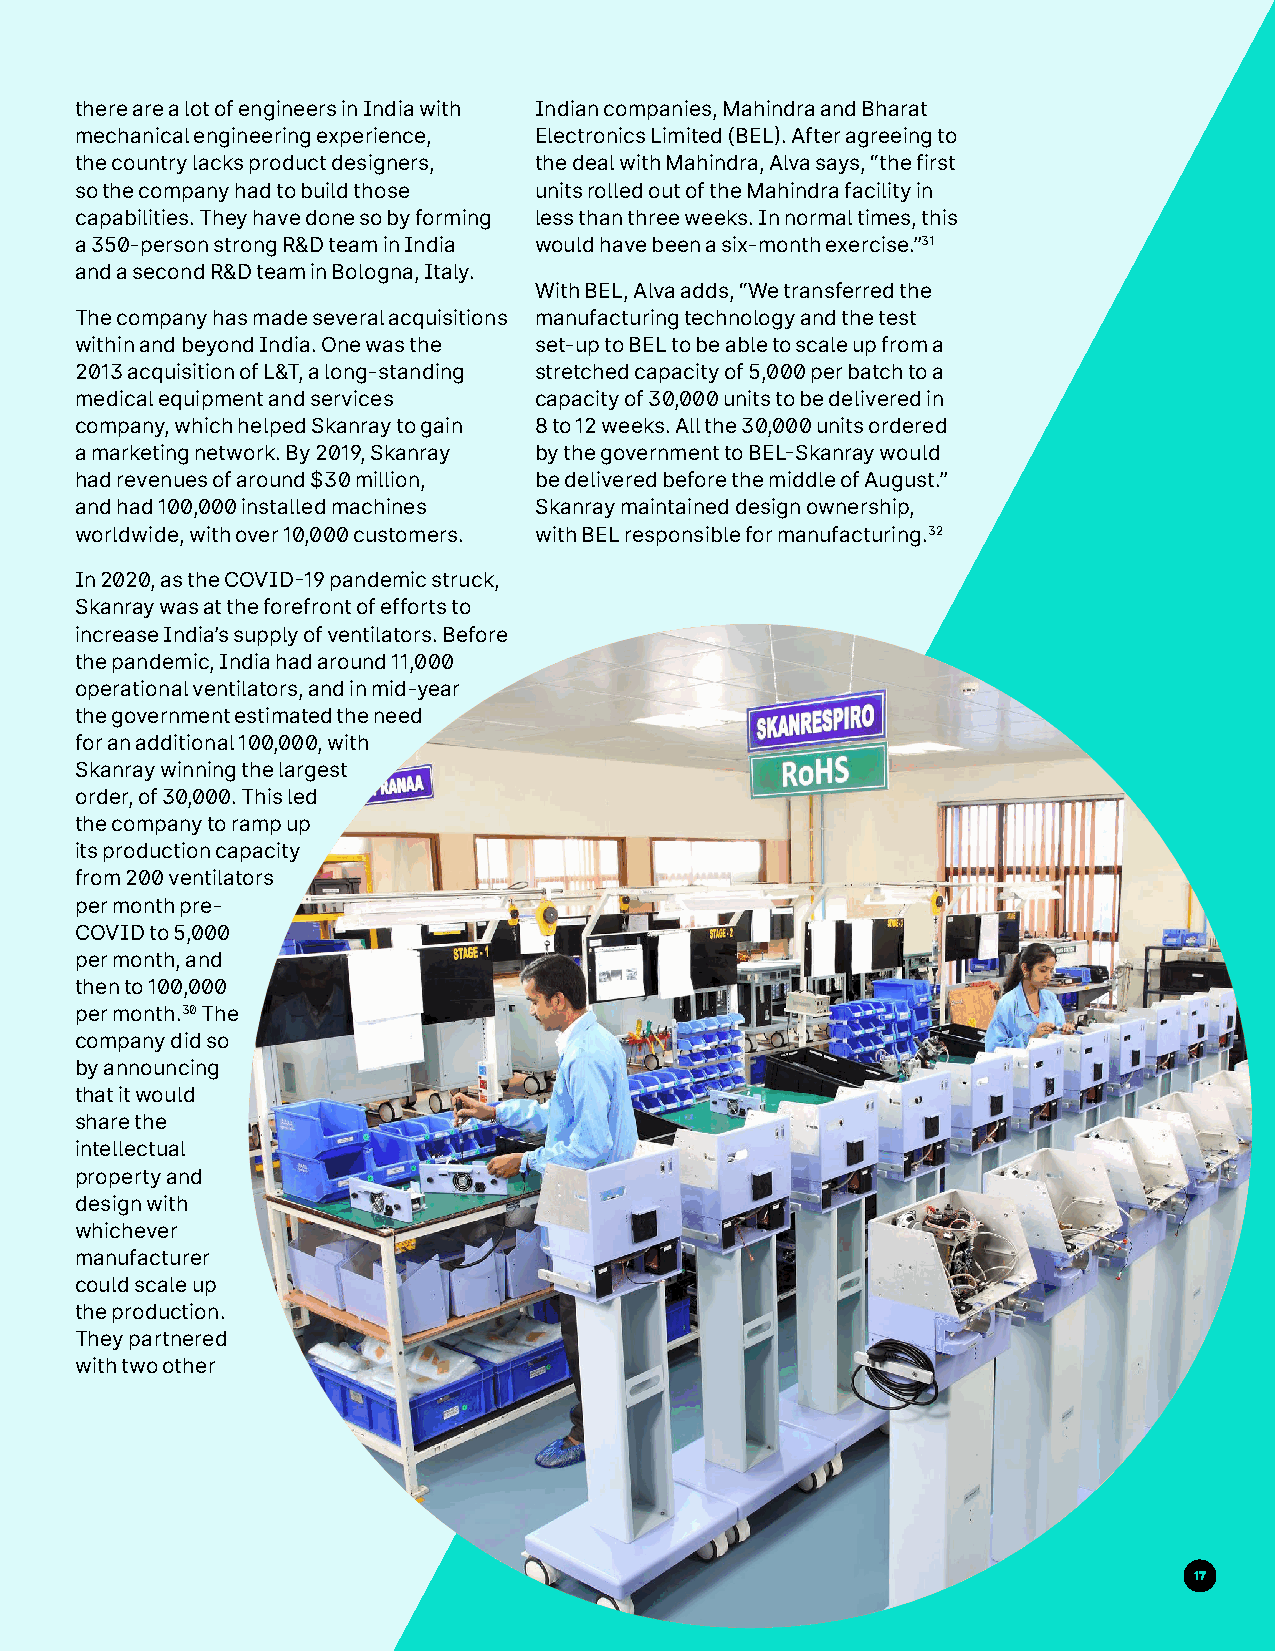
there are a lot of engineers in India with Indian companies, Mahindra and Bharat
 mechanical engineering experience, Electronics Limited (BEL). After agreeing to
 the country lacks product designers, the deal with Mahindra, Alva says, “the first
 so the company had to build those units rolled out of the Mahindra facility in
 capabilities. They have done so by forming less than three weeks. In normal times, this
 a 350-person strong R&D team in India would have been a six-month exercise.”31
 and a second R&D team in Bologna, Italy.
 With BEL, Alva adds, “We transferred the
 The company has made several acquisitions manufacturing technology and the test
 within and beyond India. One was the set-up to BEL to be able to scale up from a
 2013 acquisition of L&T, a long-standing stretched capacity of 5,000 per batch to a
 medical equipment and services capacity of 30,000 units to be delivered in
 company, which helped Skanray to gain 8 to 12 weeks. All the 30,000 units ordered
 a marketing network. By 2019, Skanray by the government to BEL-Skanray would
 had revenues of around $30 million, be delivered before the middle of August.”
 and had 100,000 installed machines Skanray maintained design ownership,
 worldwide, with over 10,000 customers. with BEL responsible for manufacturing.32
 In 2020, as the COVID-19 pandemic struck,
 Skanray was at the forefront of efforts to
 increase India’s supply of ventilators. Before
 the pandemic, India had around 11,000
 operational ventilators, and in mid-year
 the government estimated the need
 for an additional 100,000, with
 Skanray winning the largest
 order, of 30,000. This led
 the company to ramp up
 its production capacity
 from 200 ventilators
 per month pre-
 COVID to 5,000
 per month, and
 then to 100,000
 per month.30 The
 company did so
 by announcing
 that it would
 share the
 intellectual
 property and
 design with
 whichever
 manufacturer
 could scale up
 the production.
 They partnered
 with two other
 17